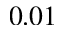
0 . 0 1